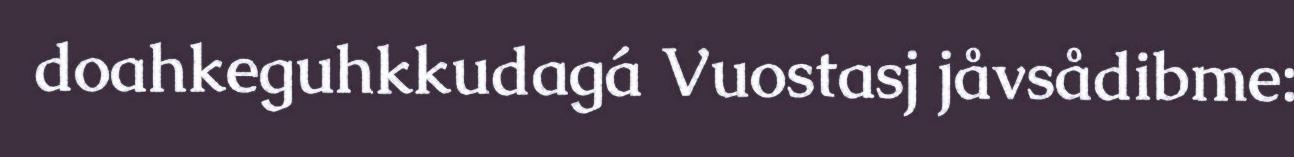
doahkeguhkkudagá Vuostasj jåvsådibme: